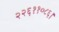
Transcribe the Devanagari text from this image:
२२६११०८६।